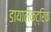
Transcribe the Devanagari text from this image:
डायालेक्ट्रिक